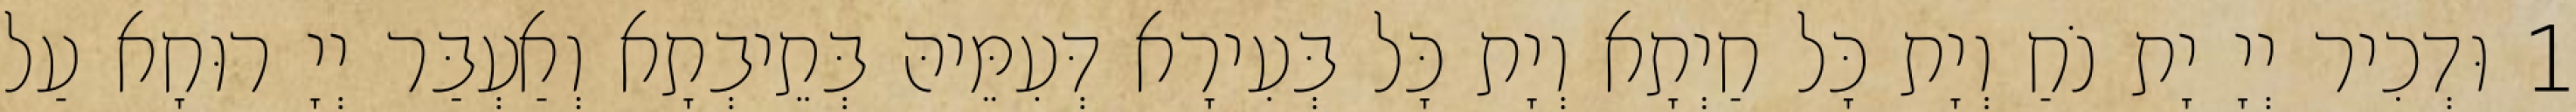
1 וּדְכִיר יְיָ יָת נֹחַ וְיָת כָּל חַיְתָא וְיָת כָּל בְּעִירָא דְּעִמֵּיהּ בְּתֵיבְתָא וְאַעְבַּר יְיָ רוּחָא עַל